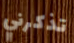
تذكرني